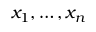
x _ { 1 } , \ldots , x _ { n }